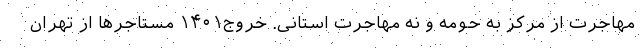
مهاجرت از مرکز به حومه و نه مهاجرت استانی. خروج۱۴۰۱ مستاجرها از تهران